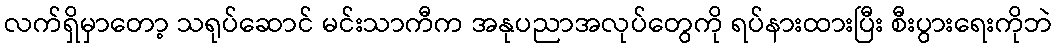
လက်ရှိမှာတော့ သရုပ်ဆောင် မင်းသာကီက အနုပညာအလုပ်တွေကို ရပ်နားထားပြီး စီးပွားရေးကိုဘဲ